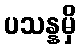
ပသန္နမှိ